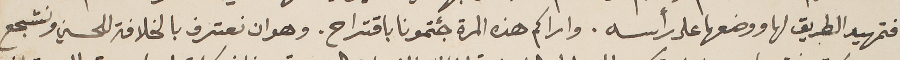
فتمهيد الطريق لها ووضعها على رأسه. واراكم هذه المرة جئتمونا باقتراح. وهو ان نعترف بالخلافة للحسين ونشجع